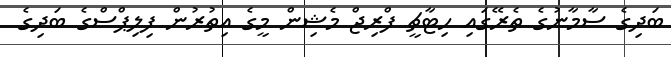
ބަދިގެ ސާމާނުގެ ތެރޭގައި ހިޓާޗީ ފްރިޖް މެޝިން މީގެ އިތުރުން ފިލިޕްސްގެ ބަދިގެ